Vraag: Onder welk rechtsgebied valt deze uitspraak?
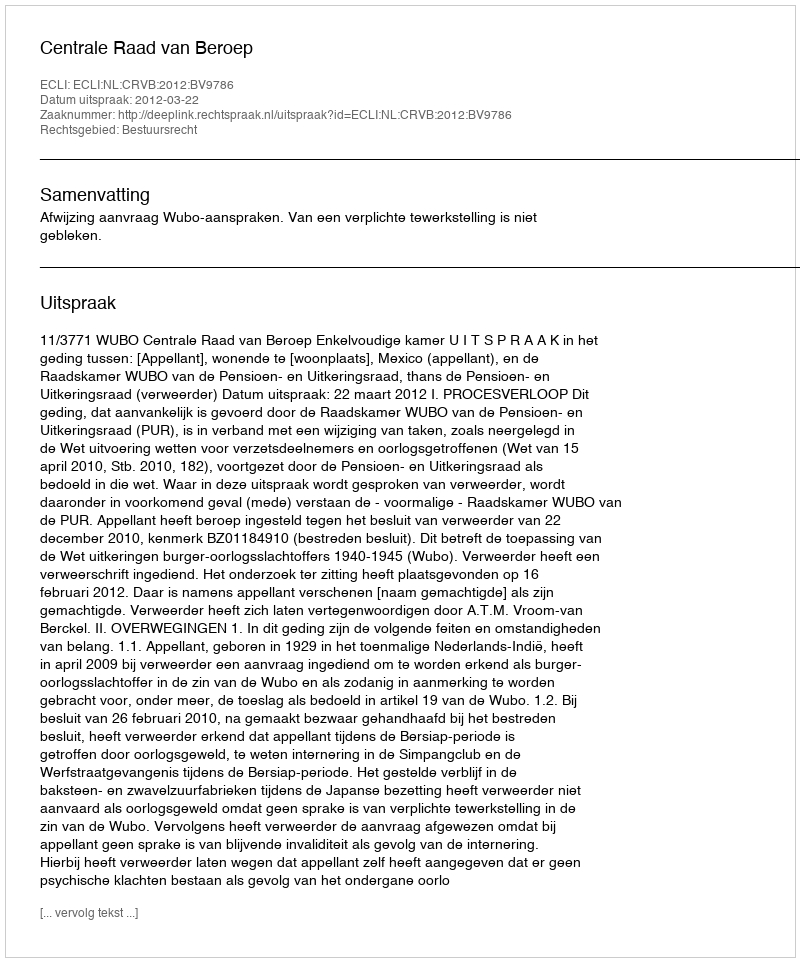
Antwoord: Bestuursrecht